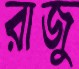
রাজু